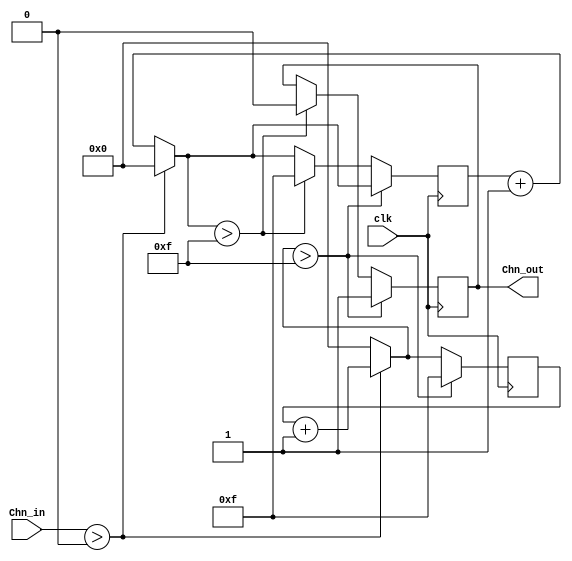
module Chn_filtr1 (input Chn_in, input clk, output reg Chn_out=0);

reg [7:0] cnt_u=0, cnt_d=0, filtr_const = 15;
initial 
begin
	Chn_out=0;
	cnt_u=0;
	cnt_d=0;
	filtr_const = 15;
end

always @ (posedge clk) 
begin
	if (Chn_in > 0) 	
		begin cnt_u = cnt_u + 1; cnt_d = 0; end
	else 			
		begin cnt_d = cnt_d + 1; cnt_u = 0; end	
	if (cnt_u > filtr_const) 		
		begin cnt_u = filtr_const; Chn_out = 1; end
	else if (cnt_d > filtr_const) 	
		begin cnt_d = filtr_const; Chn_out = 0; end
end
endmodule